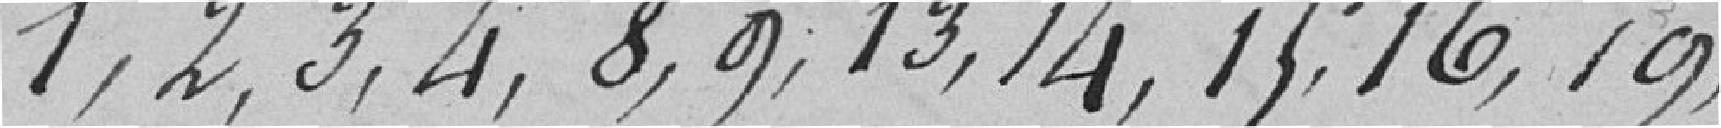
1,2,3,4,8,9,13,14,15,16,19,